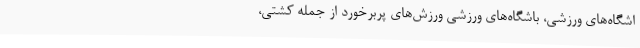
اشگاه‌های ورزشی، باشگاه‌های ورزشی ورزش‌های پربرخورد از جمله کشتی،